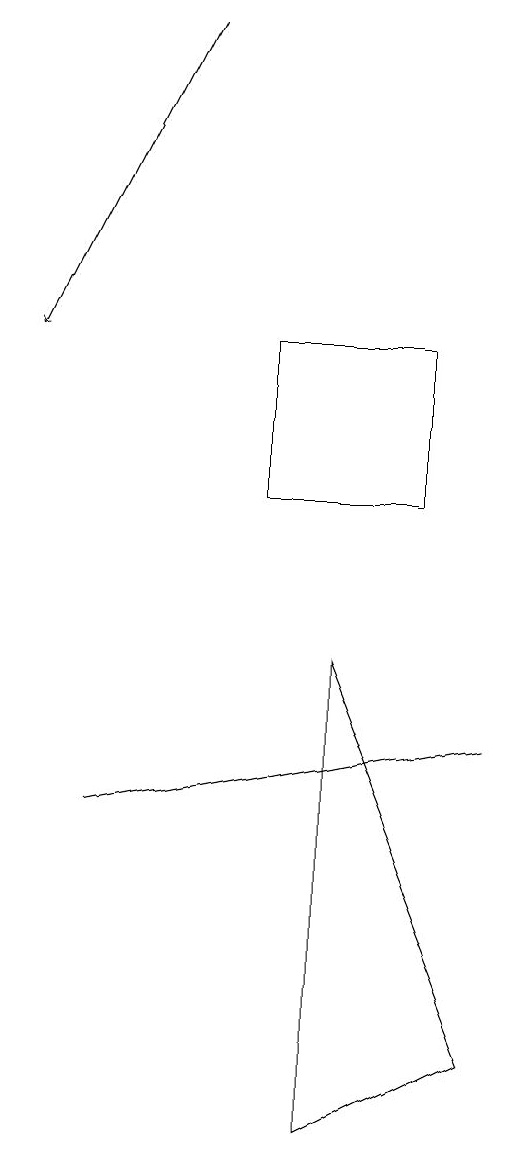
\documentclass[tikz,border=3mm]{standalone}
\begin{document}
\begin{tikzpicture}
\draw[->] (4,17) -- (2,13);
\draw (8,8) -- (3,7) -- (8,8) -- cycle;
\draw (6,9) -- (8,4) -- (6,3) -- cycle;
\draw (5,13) rectangle (7,11);
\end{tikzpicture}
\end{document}